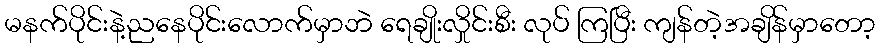
မနက်ပိုင်းနဲ့ညနေပိုင်းလောက်မှာဘဲ ရေချိုးလှိုင်းစီး လုပ် ကြပြီး ကျန်တဲ့အချိန်မှာတော့